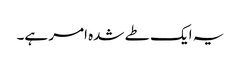
یہ ایک طے شدہ امر ہے۔